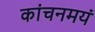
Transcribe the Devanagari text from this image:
कांचनमयं